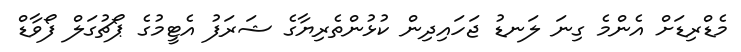
މެޑްރިޑަށް އެންމެ ގިނަ ލަނޑު ޖަހައިދިން ކުޅުންތެރިޔާގެ ޝަރަފު އެޓީމުގެ ޕޯޗުގަލް ފޯވާޑް